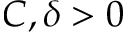
C , \delta > 0